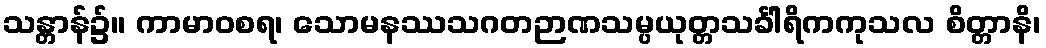
သန္တာန်၌။ ကာမာဝစရ၊ သောမနဿသဂတဉာဏသမ္ပယုတ္တသင်္ခါရိကကုသလ စိတ္တာနိ၊